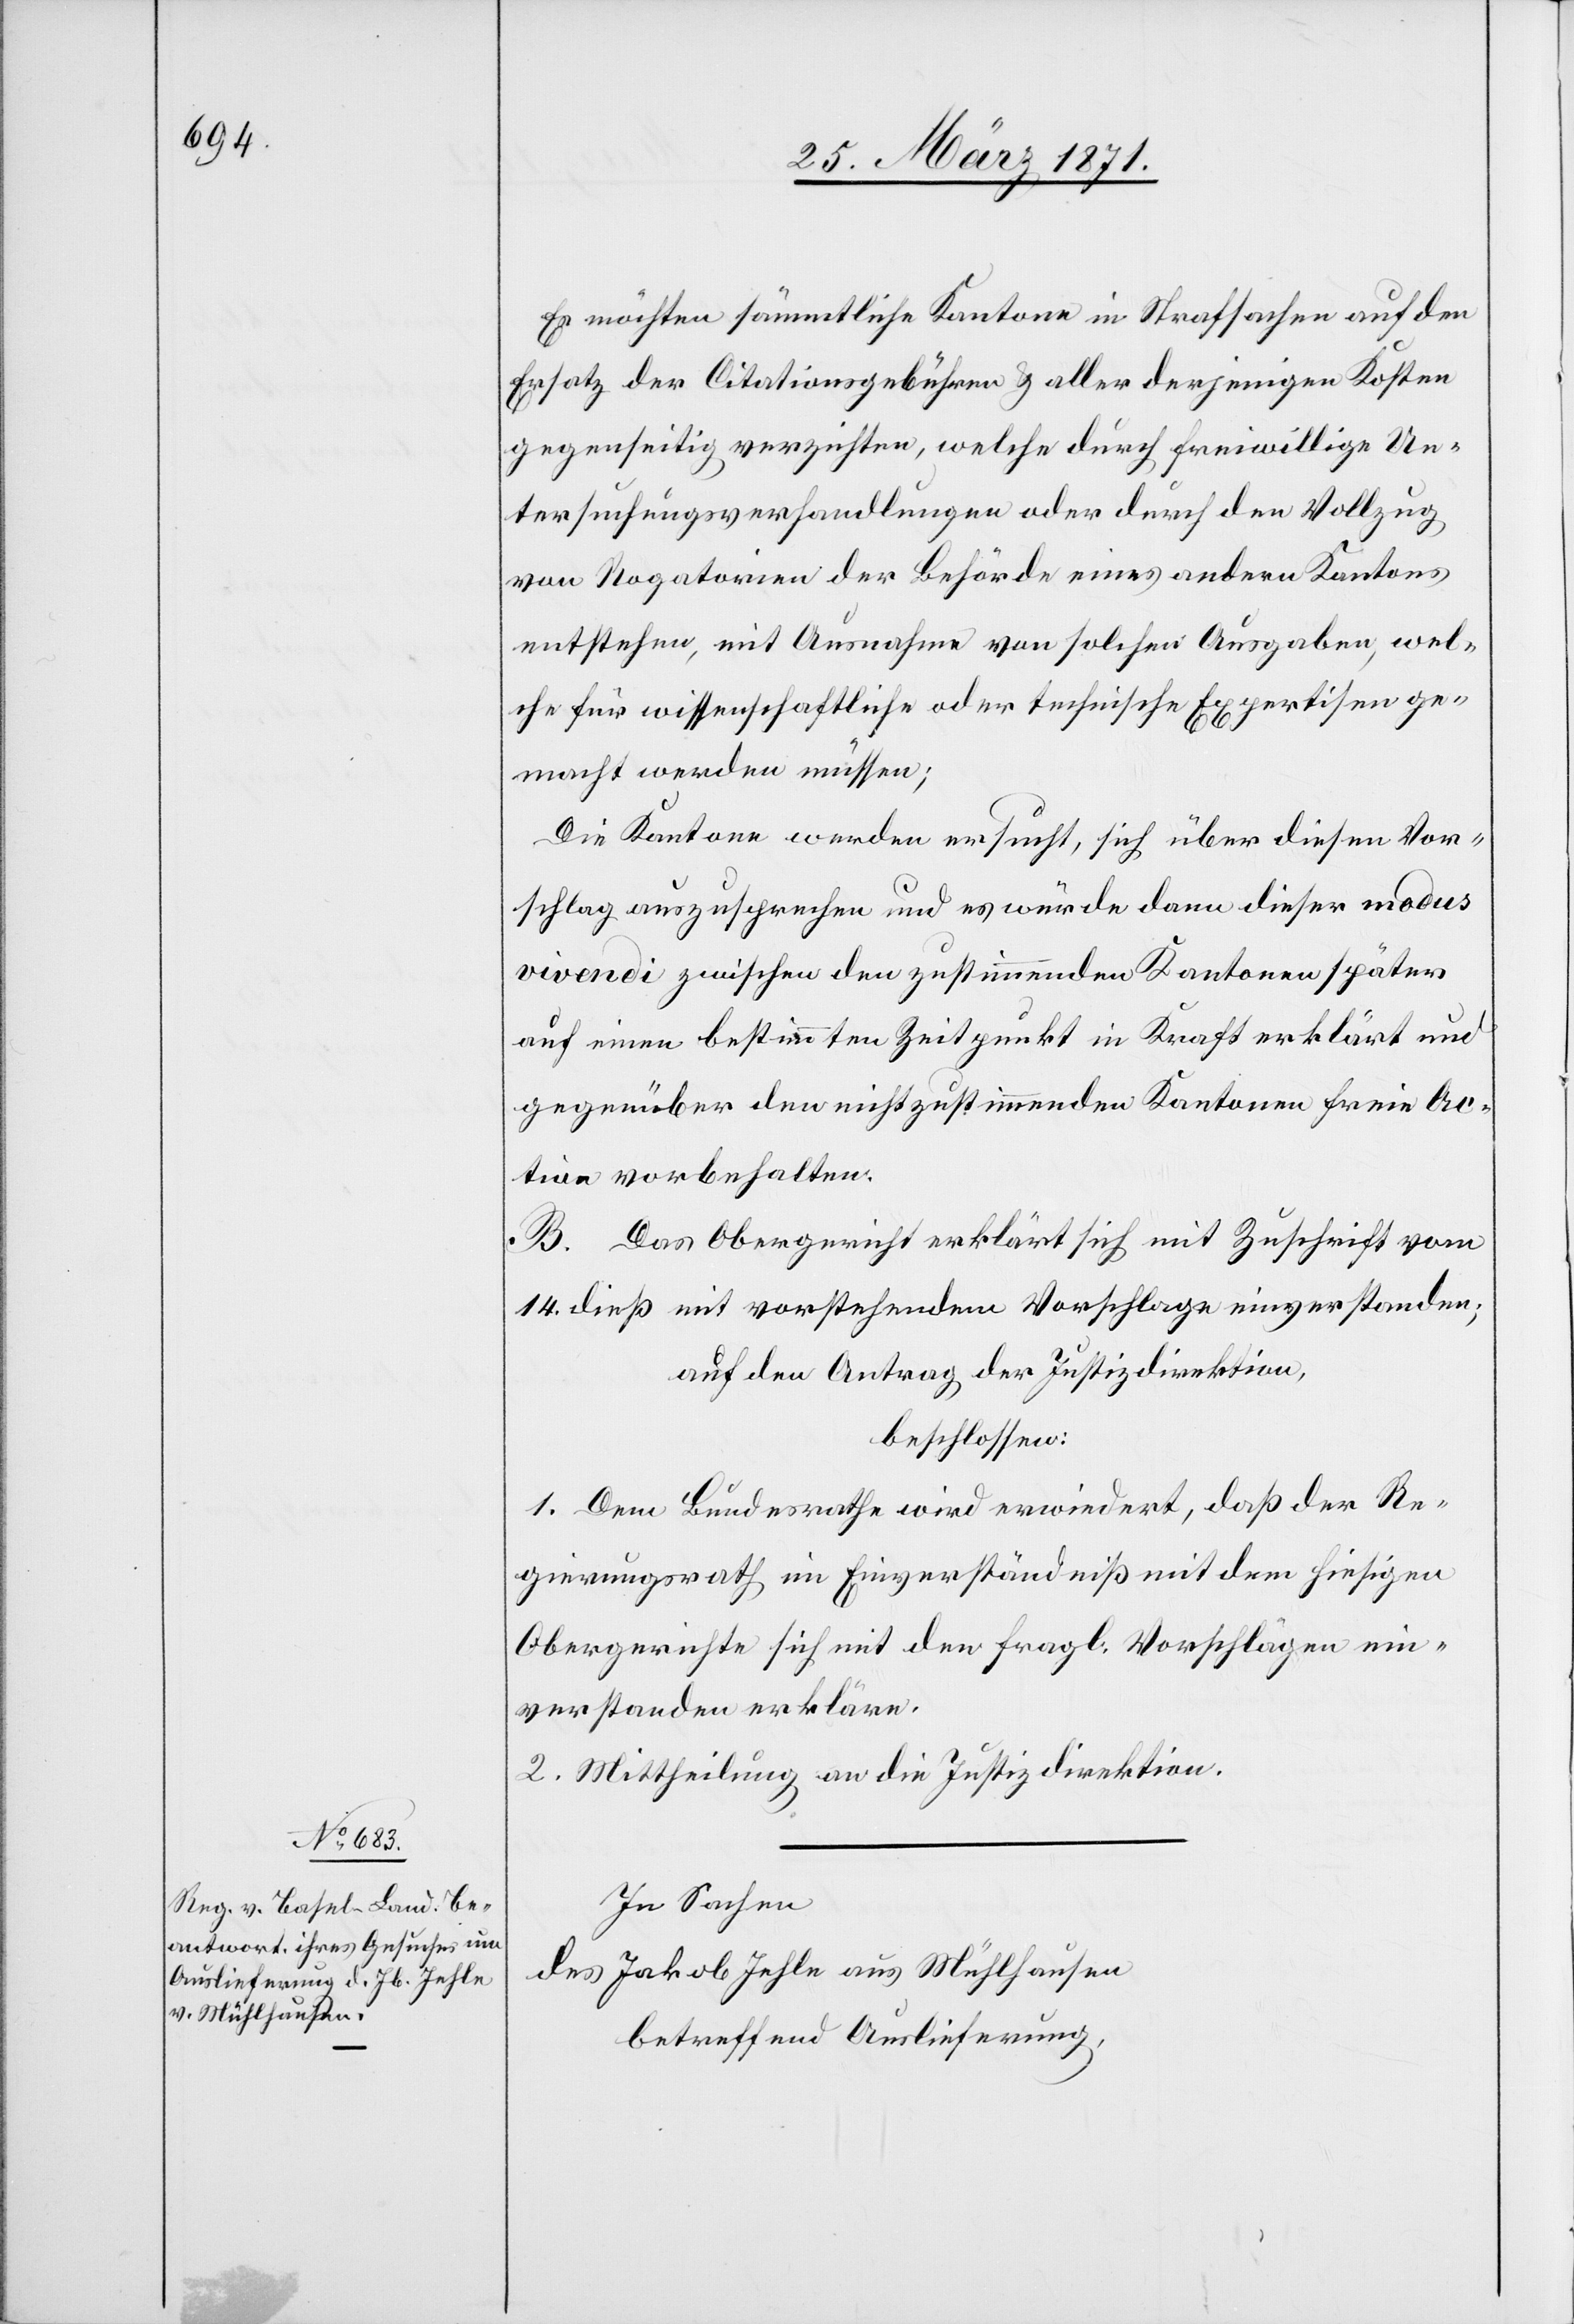
Es möchten sämmtliche Kantone in Strafsachen auf den
Ersatz der Citationsgebühren u. aller derjenigen Kosten
gegenseitig verzichten, welche durch freiwillige Un¬
tersuchungsverhandlungen oder durch den Vollzug
von Rogatorien der Behörde eines andern Kantons
entstehen, mit Ausnahme von solchen Ausgaben, wel¬
che für wissenschaftliche oder technische Expertisen ge¬
macht werden müssen;
Die Kantone werden ersucht, sich über diesen Vor¬
schlag auszusprechen und es würde dann dieser modus
vivendi zwischen den zustimmenden Kantonen später
auf einen bestimmten Zeitpunkt in Kraft erklärt und
gegenüber den nicht zustimmenden Kantonen freie Ac¬
tion vorbehalten.
B. Das Obergericht erklärt sich mit Zuschrift vom
14. dieß mit vorstehendem Vorschlage einverstanden;
auf den Antrag der Justizdirektion,
beschlossen:
1. Dem Bundesrathe wird erwiedert, daß der Re¬
gierungsrath im Einverständniß mit dem hiesigen
Obergerichte sich mit den fragl. Vorschlägen ein¬
verstanden erkläre.
2. Mittheilung an die Justizdirektion.
In Sachen
des Jakob Jehle aus Mühlhausen
betreffend Auslieferung,